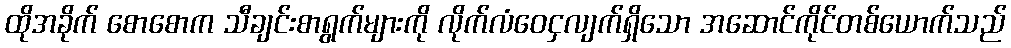
ထိုအခိုက် စောစောက သီချင်းစာရွက်များကို လိုက်လံဝေငှလျက်ရှိသော အဆောင်ကိုင်တစ်ယောက်သည်